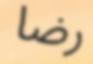
رضا